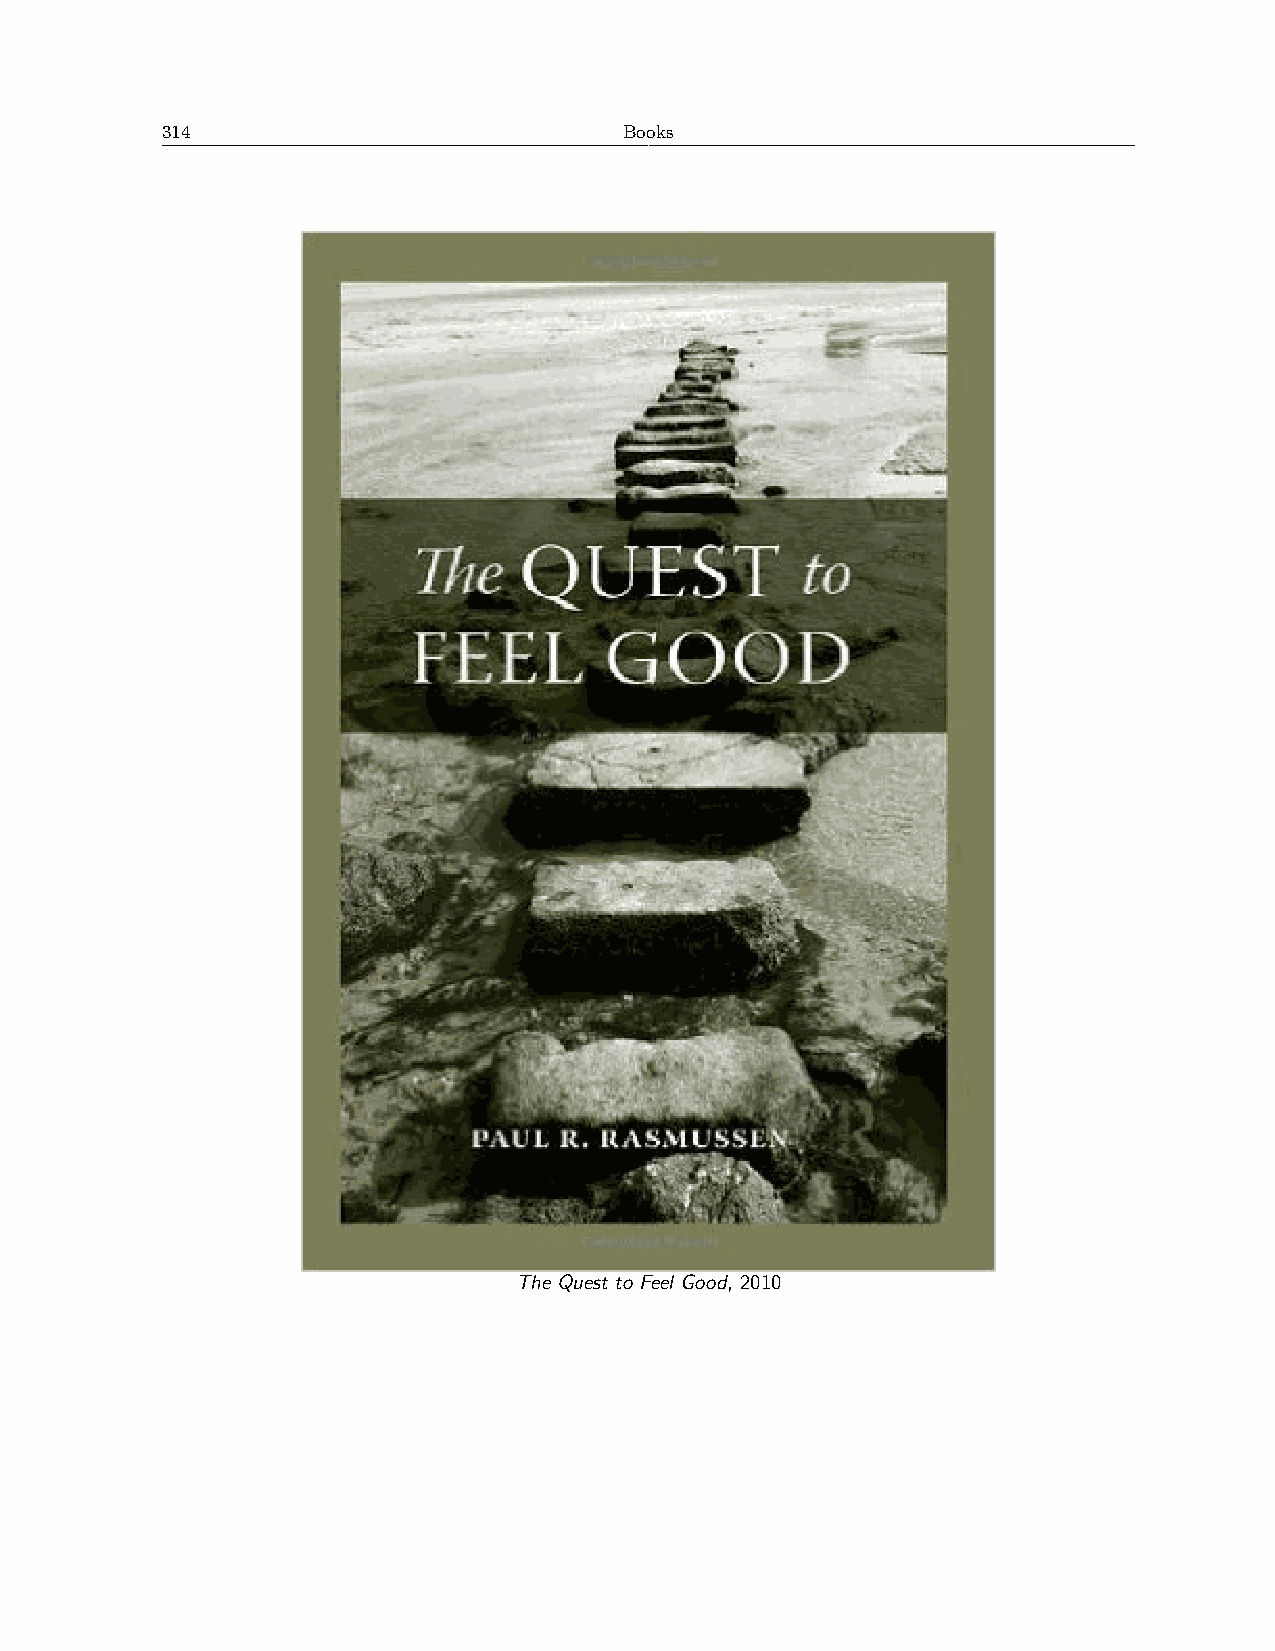
314                           Books
 The Quest to Feel Good, 2010